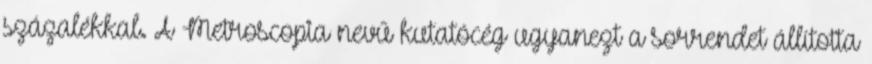
százalékkal. A Metroscopia nevű kutatócég ugyanezt a sorrendet állította